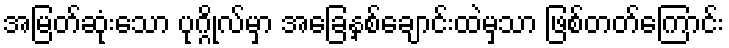
အမြတ်ဆုံးသော ပုဂ္ဂိုလ်မှာ အခြေနှစ်ချောင်းထဲမှသာ ဖြစ်တတ်ကြောင်း